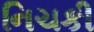
નિચકી